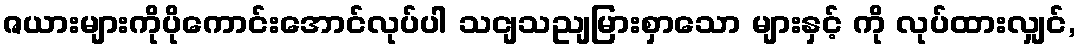
ဇယားများကိုပိုကောင်းအောင်လုပ်ပါ သငျသညျမြားစှာသော များနှင့် ကို လုပ်ထားလျှင်,